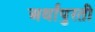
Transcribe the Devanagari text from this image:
अर्थांपुरती